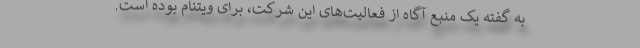
به گفته یک منبع آگاه از فعالیت‌های این شرکت، برای ویتنام بوده است.